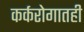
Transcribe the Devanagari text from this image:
कर्करोगातही